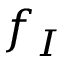
f _ { I }